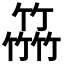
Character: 𥴒